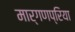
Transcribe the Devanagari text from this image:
मार्गणप्रिया